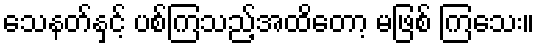
သေနတ်နှင့် ပစ်ကြသည့်အထိတော့ မဖြစ် ကြသေး။